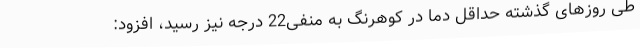
طی روزهای گذشته حداقل دما در کوهرنگ به منفی22 درجه نیز رسید، افزود: